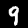
Label: 9